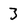
Character: 3